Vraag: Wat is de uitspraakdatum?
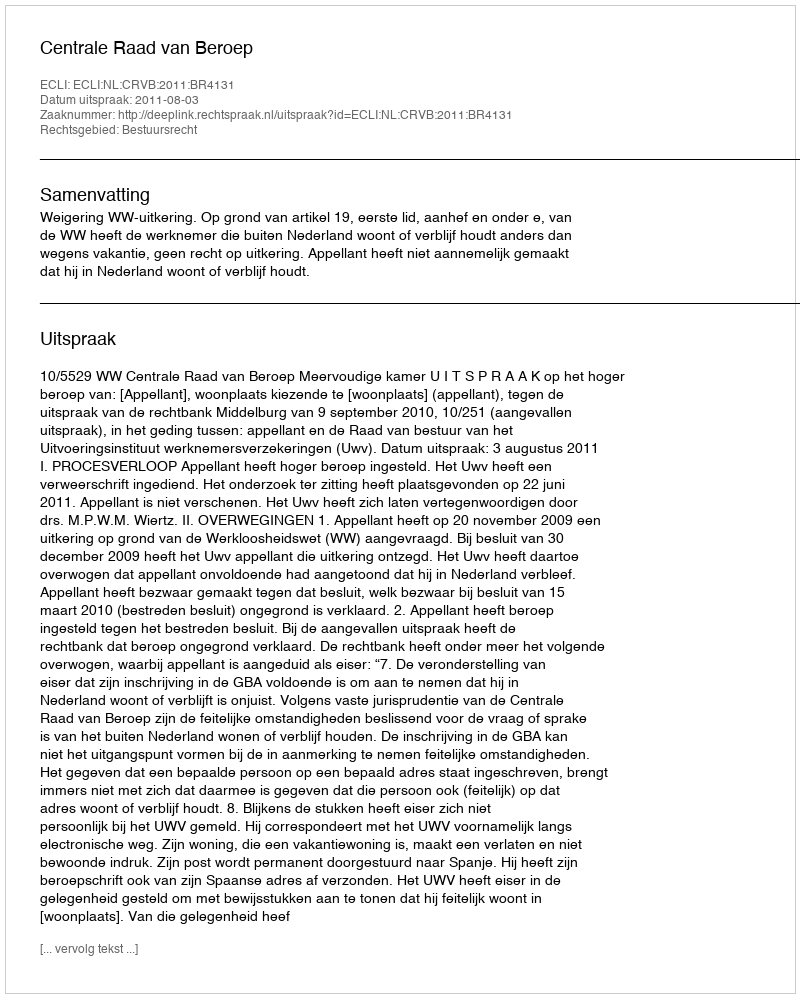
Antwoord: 2011-08-03